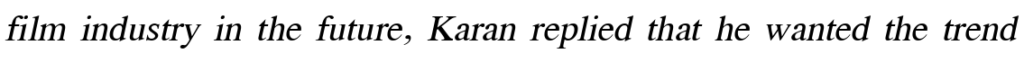
film industry in the future, Karan replied that he wanted the trend